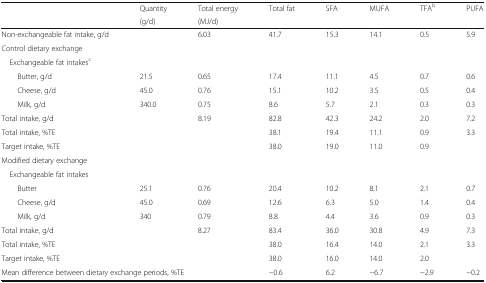
<table><thead><tr><td rowspan="2"></td><td><b>Quantity</b></td><td><b>Total energy</b></td><td><b>Total fat</b></td><td><b>SFA</b></td><td><b>MUFA</b></td><td><b>TFA<sup>b</sup></b></td><td><b>PUFA</b></td></tr><tr><td><b>(g/d)</b></td><td><b>(MJ/d)</b></td><td></td><td></td><td></td><td></td><td></td></tr></thead><tbody><tr><td>Non-exchangeable fat intake, g/d</td><td></td><td>6.03</td><td>41.7</td><td>15.3</td><td>14.1</td><td>0.5</td><td>5.9</td></tr><tr><td colspan="8">Control dietary exchange</td></tr><tr><td colspan="8"> Exchangeable fat intakes<sup>c</sup></td></tr><tr><td>Butter, g/d</td><td>21.5</td><td>0.65</td><td>17.4</td><td>11.1</td><td>4.5</td><td>0.7</td><td>0.6</td></tr><tr><td>Cheese, g/d</td><td>45.0</td><td>0.76</td><td>15.1</td><td>10.2</td><td>3.5</td><td>0.5</td><td>0.4</td></tr><tr><td>Milk, g/d</td><td>340.0</td><td>0.75</td><td>8.6</td><td>5.7</td><td>2.1</td><td>0.3</td><td>0.3</td></tr><tr><td>Total intake, g/d</td><td></td><td>8.19</td><td>82.8</td><td>42.3</td><td>24.2</td><td>2.0</td><td>7.2</td></tr><tr><td>Total intake, %TE</td><td></td><td></td><td>38.1</td><td>19.4</td><td>11.1</td><td>0.9</td><td>3.3</td></tr><tr><td>Target intake, %TE</td><td></td><td></td><td>38.0</td><td>19.0</td><td>11.0</td><td>0.9</td><td></td></tr><tr><td colspan="8">Modified dietary exchange</td></tr><tr><td colspan="8"> Exchangeable fat intakes</td></tr><tr><td>Butter</td><td>25.1</td><td>0.76</td><td>20.4</td><td>10.2</td><td>8.1</td><td>2.1</td><td>0.7</td></tr><tr><td>Cheese, g/d</td><td>45.0</td><td>0.69</td><td>12.6</td><td>6.3</td><td>5.0</td><td>1.4</td><td>0.4</td></tr><tr><td>Milk, g/d</td><td>340</td><td>0.79</td><td>8.8</td><td>4.4</td><td>3.6</td><td>0.9</td><td>0.3</td></tr><tr><td>Total intake, g/d</td><td></td><td>8.27</td><td>83.4</td><td>36.0</td><td>30.8</td><td>4.9</td><td>7.3</td></tr><tr><td>Total intake, %TE</td><td></td><td></td><td>38.0</td><td>16.4</td><td>14.0</td><td>2.1</td><td>3.3</td></tr><tr><td>Target intake, %TE</td><td></td><td></td><td>38.0</td><td>16.0</td><td>14.0</td><td>2.0</td><td></td></tr><tr><td colspan="3">Mean difference between dietary exchange periods, %TE</td><td>−0.6</td><td>6.2</td><td>−6.7</td><td>−2.9</td><td>−0.2</td></tr></tbody></table>